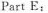
Part E: